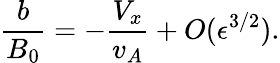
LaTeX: \frac{b}{B_{0}}=-\frac{V_{x}}{v_{A}}+O(\epsilon^{3/2}).